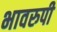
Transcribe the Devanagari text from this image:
भावरुपी